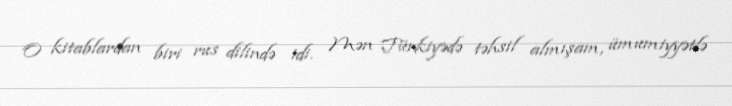
O kitablardan biri rus dilində idi. Mən Türkiyədə təhsil almışam, ümumiyyətlə